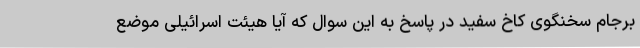
برجام سخنگوی کاخ سفید در پاسخ به این سوال که آیا هیئت اسرائیلی موضع